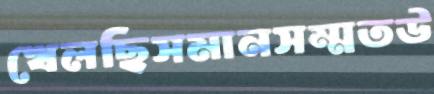
খেলছিসমানসম্মতউ